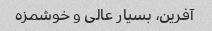
آفرین، بسیار عالی و خوشمزه